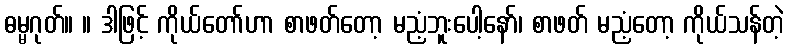
ဓမ္မဂုတ်။ ။ ဒါဖြင့် ကိုယ်တော်ဟာ စာဖတ်တော့ မညံ့ဘူးပေါ့နော်၊ စာဖတ် မညံ့တော့ ကိုယ်သန်တဲ့